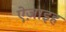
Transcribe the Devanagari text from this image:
ऐज़ाइह